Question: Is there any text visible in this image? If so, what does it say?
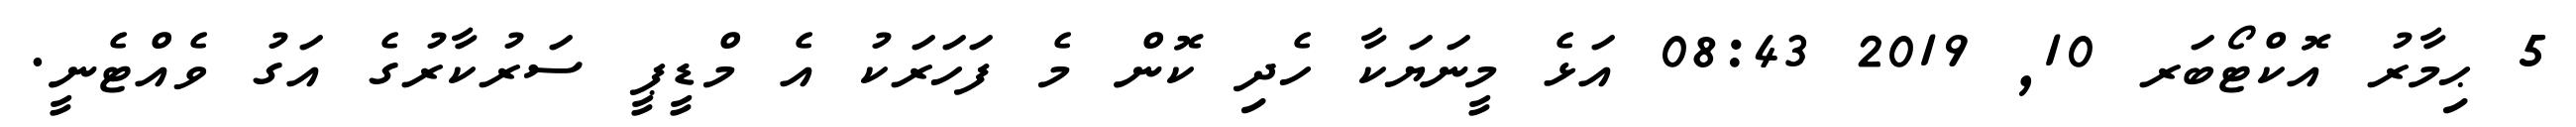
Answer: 5 ޙިމާރު އޮކްޓޯބަރ 10, 2019 08:43 އަޅެ މީނަޔަކާ ހެދި ކޮން މެ ފަހަރަކު އެ މްޑީޕީ ސަރުކާރުގެ އަގު ވެއްޓެނީ.